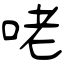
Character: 咾